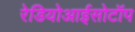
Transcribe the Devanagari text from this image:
रेडियोआईसोटॉप